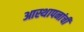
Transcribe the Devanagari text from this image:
आस्थापनांची